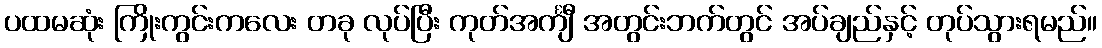
ပထမဆုံး ကြိုးကွင်းကလေး တခု လုပ်ပြီး ကုတ်အင်္ကျီ အတွင်းဘက်တွင် အပ်ချည်နှင့် တုပ်သွားရမည်။